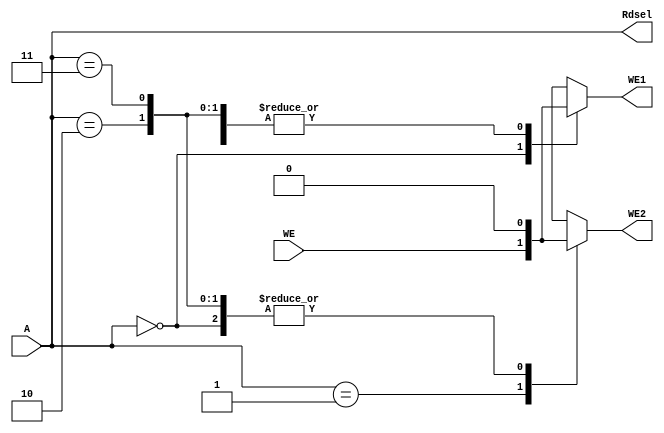
`timescale 1ns / 1ps

module fact_ad(
    input wire [1:0] A,
    input wire      WE,
    output reg     WE1,
    output reg     WE2,
    output wire [1:0] Rdsel
    );
    
    always @(*) begin
        case(A)
        
            2'b00: begin
                WE1 = WE;
                WE2 = 1'b0;
            end
            
            2'b01: begin
                WE1 = 1'b0;
                WE2 = WE;
            end
            
            2'b10: begin
                WE1 = 1'b0;
                WE2 = 1'b0;
            end
            
            2'b11: begin
                WE1 = 1'b0;
                WE2 = 1'b0;
            end  
            
            default: begin
                WE1 = 1'bx;
                WE2 = 1'bx;
            end  
        endcase
     end 
     assign Rdsel = A;                               
endmodule